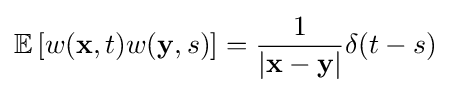
\mathbb {E} \left[w(\mathbf {x} ,t)w(\mathbf {y} ,s)\right]={\frac {1}{|\mathbf {x} -\mathbf {y} |}}\delta (t-s)